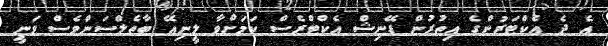
އެ ދެ އެކްޓަރުންގެ އިތުރުން ޑޭނިޝް އެކްޓްރެސް ކަމަށްވާ ލީނިއޭ ބާތެލްސަންވެސް ވަނީ